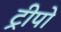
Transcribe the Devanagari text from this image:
ट्रीपो